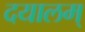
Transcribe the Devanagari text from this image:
दयालम्